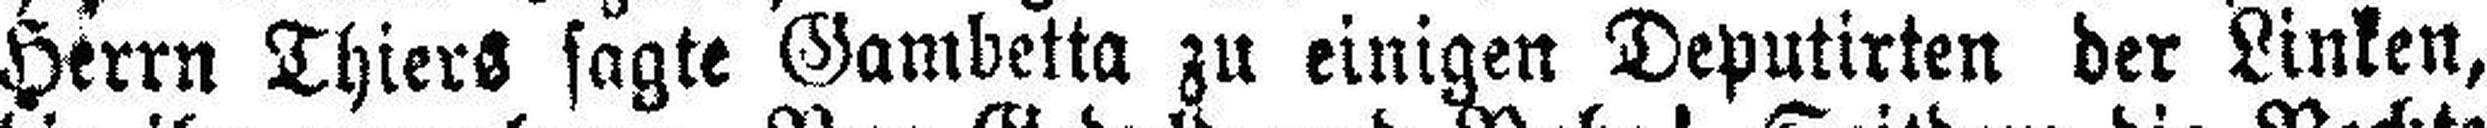
Herrn Thiers sagte Gambetta zu einigen Deputirten der Linken,